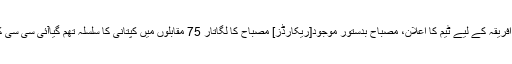
فہد کیہر7 فروری 2016ء Related Articlesدورۂ جنوبی افریقہ کے لیے ٹیم کا اعلان، مصباح بدستور موجود[ریکارڈز] مصباح کا لگاتار 75 مقابلوں میں کپتانی کا سلسلہ تھم گیاآئی سی سی کا نرالا فیصلہ، آف اسپنر کو آف اسپن پھینکنے سے ہی روک دیا